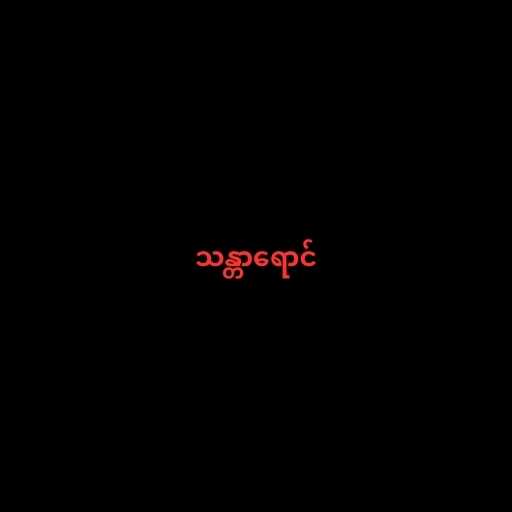
သန္တာရောင်